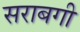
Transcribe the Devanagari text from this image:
सराबगी